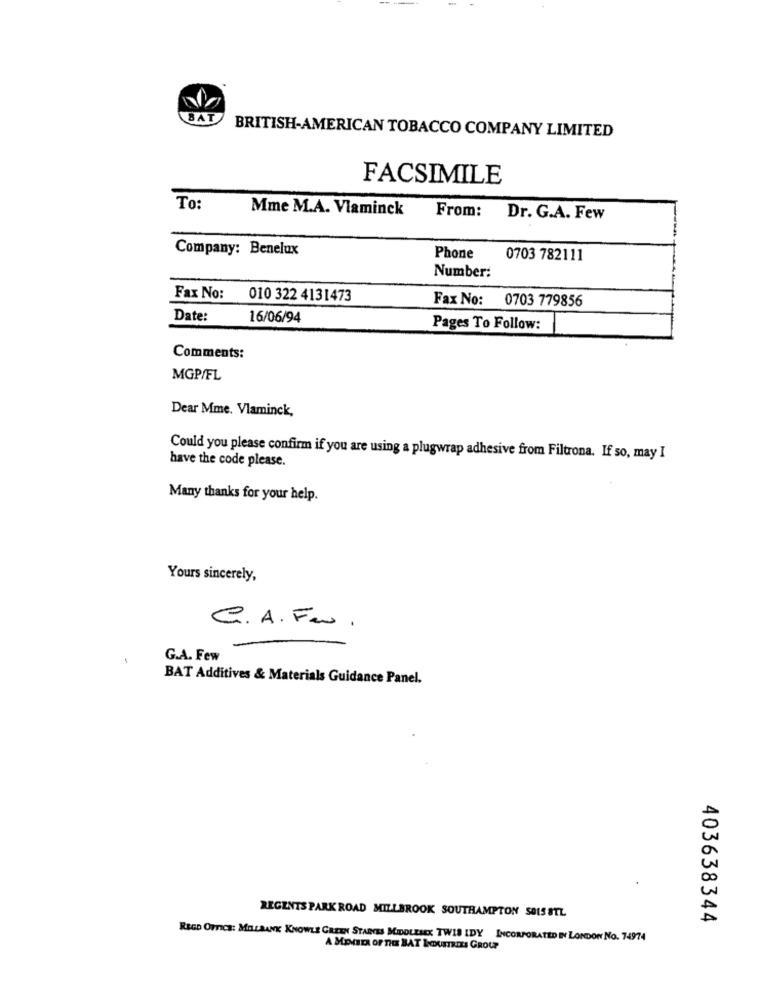
BAT
BRITISH-AMERICAN TOBACCO COMPANY LIMITED
FACSIMILE
To:
Mme M.A. Vlaminck
From:
Dr. G.A. Few
Company: Benelux
Phone
0703 782111
Number:
Fax No:
010 322 4131473
Fax No: 0703 779856
Date:
16/06/94
Pages To Follow:
Comments:
MGP/FL
Dear Mme. Vlaminck,
have the code please.
Could you please confirm if you are using a plugwrap adhesive from Filtrona. If so, may I
Many thanks for your help.
Yours sincerely,
C. A. Fa.
G.A. Few
BAT Additives & Materials Guidance Panel.
o
00
REGENTS PARK ROAD MILLBROOK SOUTHAMPTON SOLS STL
403638344
REED OFFICE: MELLBANK KNOWLE GREEN STARTES MIDDLESEX TWIS IDY INCORPORATED IN LONDON NO. 74974
A MEMBER OF no BAT LOURIts GROUP